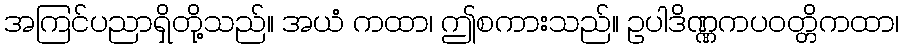
အကြင်ပညာရှိတို့သည်။ အယံ ကထာ၊ ဤစကားသည်။ ဥပါဒိဏ္ဏကပဝတ္တိကထာ၊